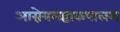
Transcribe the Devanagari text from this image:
आग्नेयमष्टाकपालम्